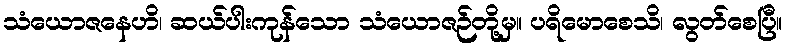
သံယောဇနေဟိ၊ ဆယ်ပါးကုန်သော သံယောဇဉ်တို့မှ။ ပရိမောစေသိ၊ လွတ်စေပြီ။